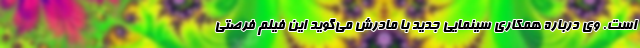
است. وی درباره همکاری سینمایی جدید با مادرش می‌گوید این فیلم فرصتی